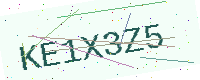
Text: KE1X3Z5